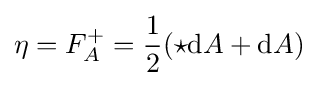
\eta =F_{A}^{+}={\frac {1}{2}}(\star \mathrm {d} A+\mathrm {d} A)